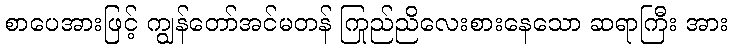
စာပေအားဖြင့် ကျွန်တော်အင်မတန် ကြည်ညိုလေးစားနေသော ဆရာကြီး အား